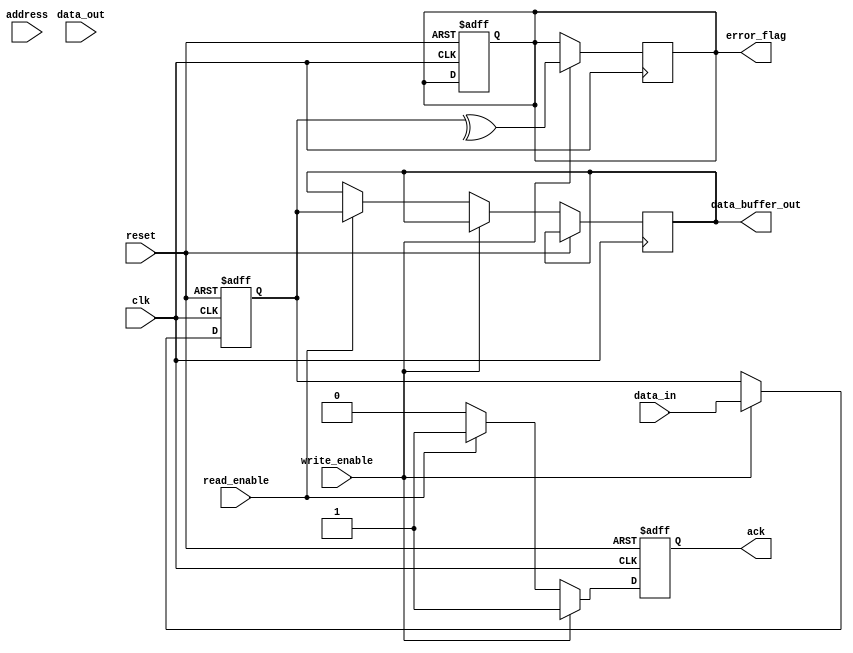
module IO_Block (
    input wire clk,
    input wire reset,
    input wire [DATA_WIDTH-1:0] data_in,
    input wire [DATA_WIDTH-1:0] data_out,
    input wire read_enable,
    input wire write_enable,
    input wire [ADDR_WIDTH-1:0] address,
    output reg [DATA_WIDTH-1:0] data_buffer_out,
    output reg ack,
    output reg error_flag
);
    parameter DATA_WIDTH = 64; // Example data width
    parameter ADDR_WIDTH = 16; // Example address width

    // Internal signals
    reg [DATA_WIDTH-1:0] data_buffer;
    reg [DATA_WIDTH-1:0] io_driver_out;
    reg [DATA_WIDTH-1:0] mux_out;
    reg [ADDR_WIDTH-1:0] decoded_address;

    // Data Buffer
    always @(posedge clk or posedge reset) begin
        if (reset) begin
            data_buffer <= 0;
            ack <= 0;
            error_flag <= 0;
        end else begin
            if (write_enable) begin
                data_buffer <= data_in; // Store incoming data
                ack <= 1; // Acknowledge write
            end else if (read_enable) begin
                data_buffer_out <= data_buffer; // Output data on read
                ack <= 1; // Acknowledge read
            end else begin
                ack <= 0; // No operation
            end
        end
    end

    // I/O Driver
    always @(posedge clk) begin
        if (write_enable) begin
            io_driver_out <= data_buffer; // Drive data out
        end else begin
            io_driver_out <= 0; // Disable driver
        end
    end

    // Multiplexer for data routing
    always @(*) begin
        if (read_enable) begin
            mux_out = data_buffer; // Select data buffer for read
        end else begin
            mux_out = 0; // No data selected
        end
    end

    // Address Decoder (simple example)
    always @(*) begin
        decoded_address = address; // Direct mapping for simplicity
    end

    // Error Correction Logic (simple parity check for demonstration)
    always @(posedge clk) begin
        if (write_enable) begin
            error_flag <= ^data_buffer; // Simple parity check
        end
    end

endmodule